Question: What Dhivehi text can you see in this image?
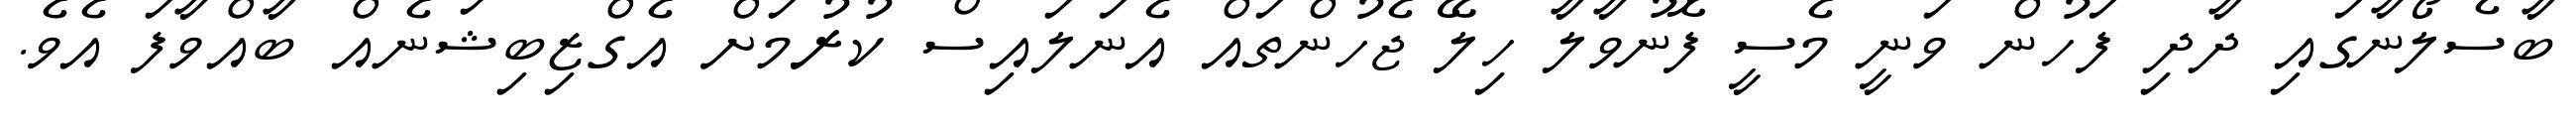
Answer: ބާސެލޯނާގައި ދާދި ފަހުން ވަނީ މެސީ ފޮނުވާލާ ހިލޭ ޖެހުންތައް އެނަލައިސް ކުރުމަށް އެގްޒިބިޝަނެއް ބާއްވާފަ އެވެ.